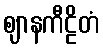
ဈာနကီဠိတံ